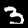
Label: 3